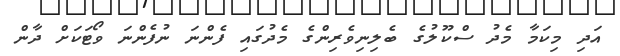
އަދި މިކަމާ މެދު ސްކޫލުގެ ބެލިނިވެރިންގެ މެދުގައި ފެންނަ ނުފެންނަ ވޯޓަކަށް ދާން